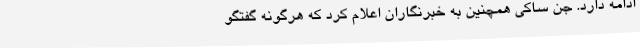
ادامه دارد. جن ساکی همچنین به خبرنگاران اعلام کرد که هرگونه گفتگو